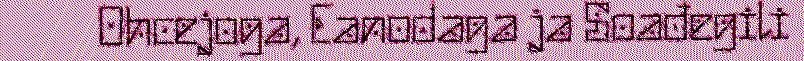
Ohcejoga, Eanodaga ja Soađegili